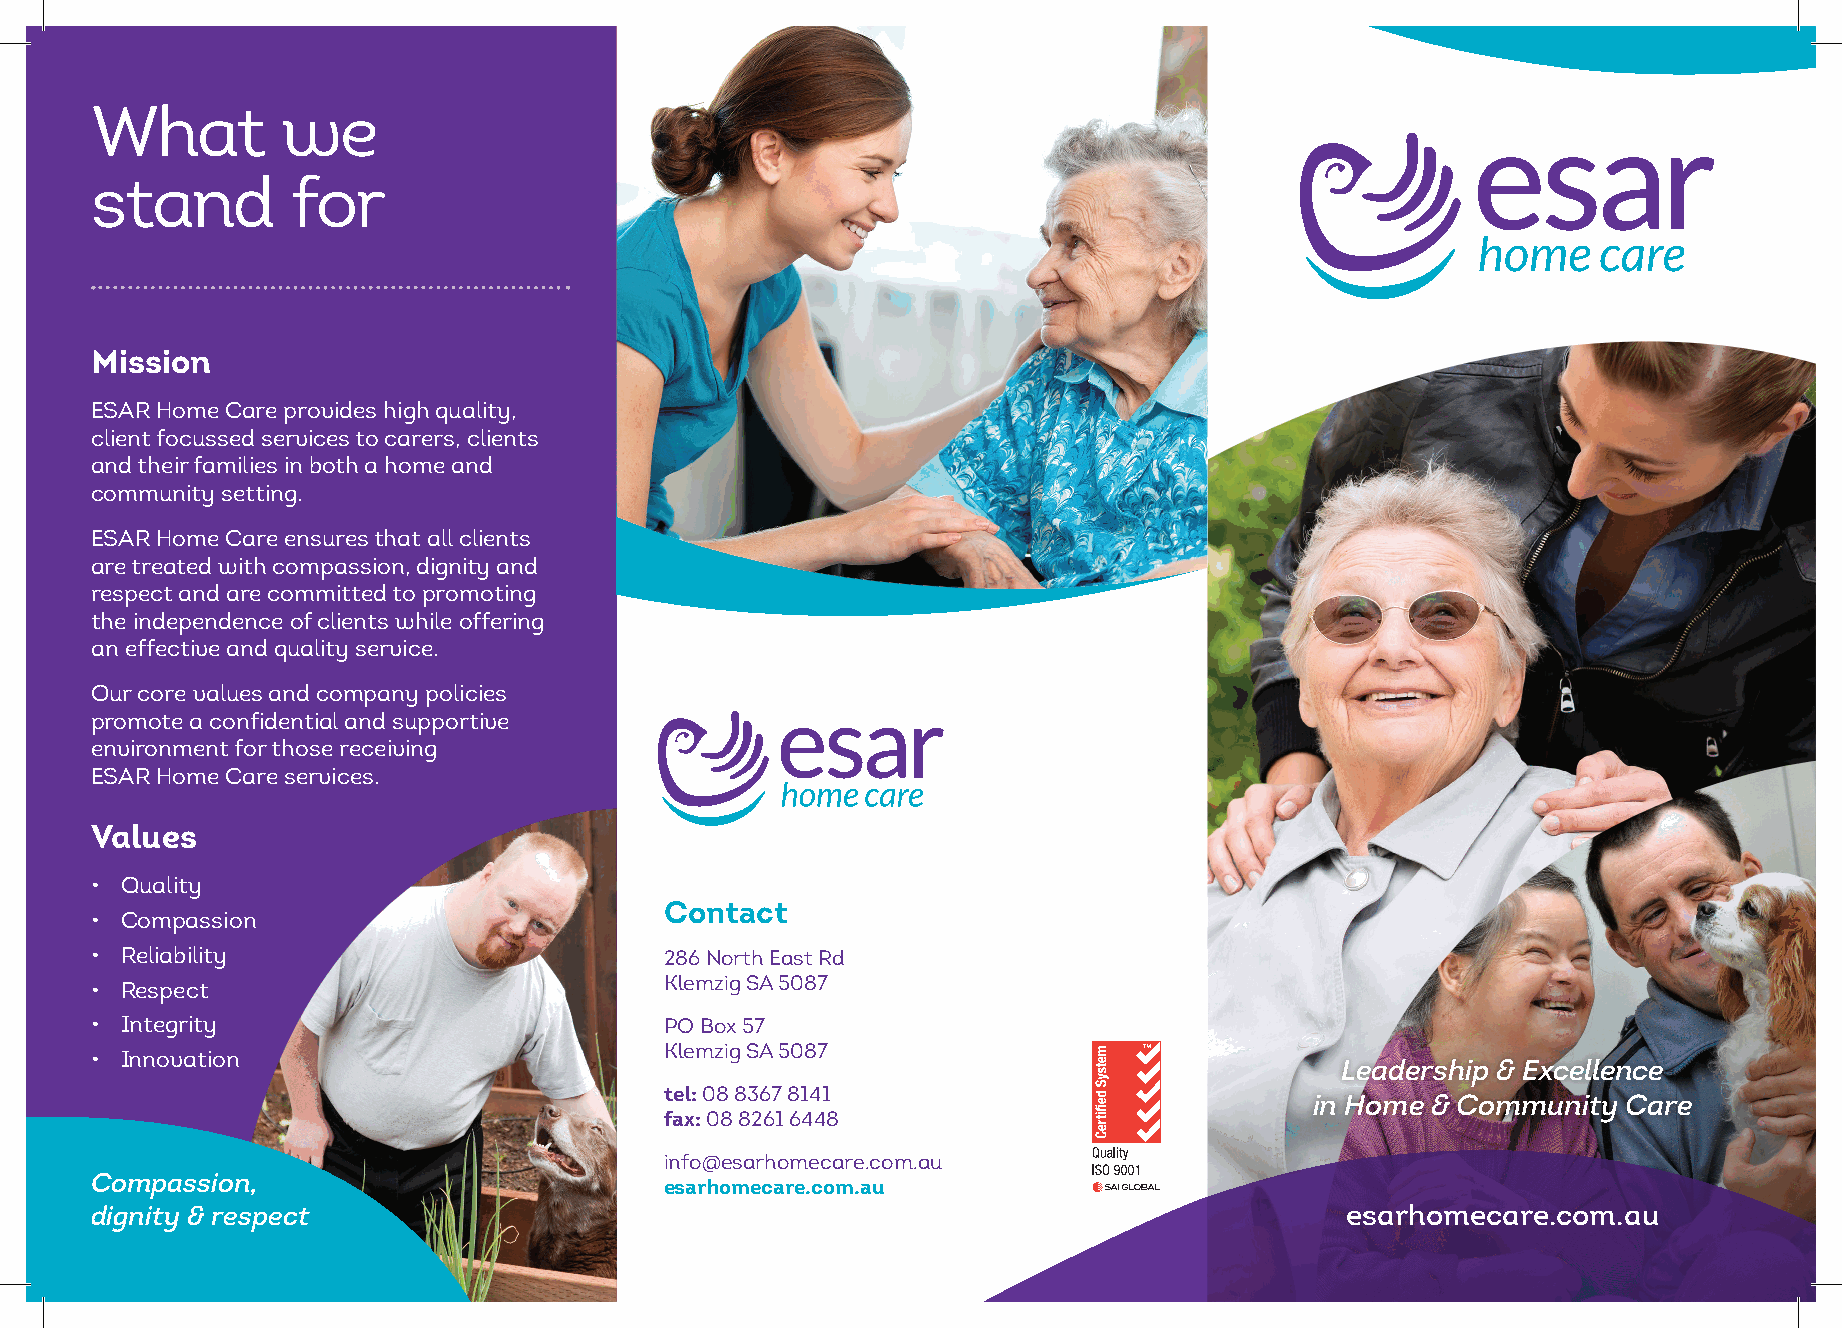
What         we
 stand        for
 Mission
 ESAR Home Care provides high quality,
 client focussed services to carers, clients
 and their families in both a home and
 community setting.
 ESAR Home Care ensures that all clients
 are treated with compassion, dignity and
 respect and are committed to promoting
 the independence of clients while offering
 an effective and quality service.
 Our core values and company policies
 promote a confidential and supportive
 environment for those receiving
 ESAR Home Care services.
 Values
 • Quality
 Contact
 • Compassion
 • Reliability                         286 North East Rd
 • Respect                             Klemzig SA 5087
 • Integrity                           PO Box 57
 Klemzig SA 5087
 • Innovation
 Leadership & Excellence
 tel: 08 8367 8141
 in Home & Community  Care
 fax: 08 8261 6448
 info@esarhomecare.com.au
 Compassion,                           esarhomecare.com.au
 dignity & respect                                                                  esarhomecare.com.au